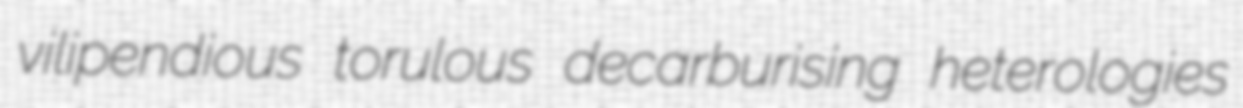
vilipendious torulous decarburising heterologies